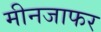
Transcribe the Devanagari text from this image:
मीनजाफर